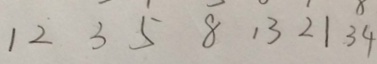
1 2 3 5 8 1 3 2 1 3 4